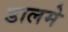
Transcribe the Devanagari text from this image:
डालमे